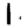
Digit: 1